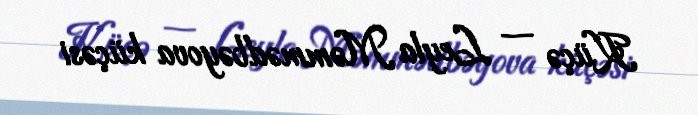
Küçə — Leyla Məmmədbəyova küçəsi